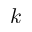
k